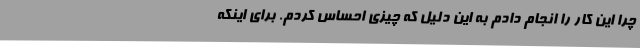
چرا این کار را انجام دادم به این دلیل که چیزی احساس کردم. برای اینکه